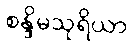
စန္ဒိမသုရိယာ